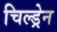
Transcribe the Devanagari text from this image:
चिल्‍ड्रेन